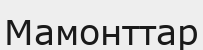
Мамонттар